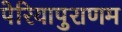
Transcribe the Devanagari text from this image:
पेरियापुराणम